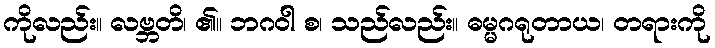
ကိုလည်း။ လဗ္ဘတိ၊ ၏။ ဘဂဝါ စ၊ သည်လည်း။ ဓမ္မဂရုတာယ၊ တရားကို